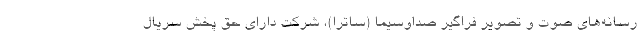
رسانه‌های صوت و تصویر فراگیر صداوسیما (ساترا)، شرکت دارای حق پخش سریال